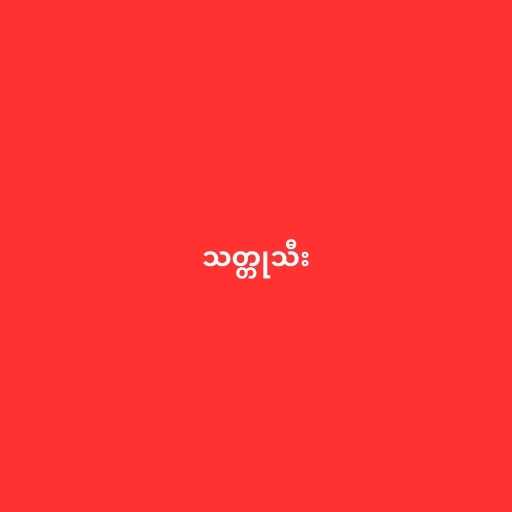
သတ္တုသီး